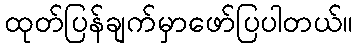
ထုတ်ပြန်ချက်မှာဖော်ပြပါတယ်။